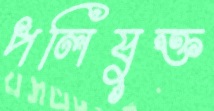
পলিযুক্ত